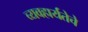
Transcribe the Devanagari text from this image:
व्यवहार्यतेचे